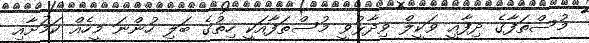
މުސްތަފާގެ ދިފާއީ ވަކީލް ވިދާޅުވީ މުސްތަފާއަކީ ހިތުގެ ބަލި ހުންނަ މީހެއް ކަމަށާއި